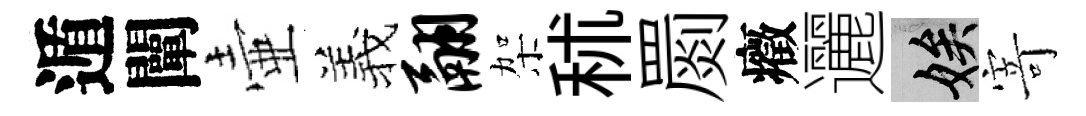
遁闡壷羲翮架秫罽癥邐娭𭔃